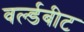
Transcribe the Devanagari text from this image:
वर्ल्डबीट